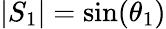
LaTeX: |S_{1}|=\sin(\theta_{1})